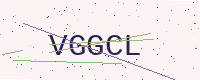
Text: VGGCL